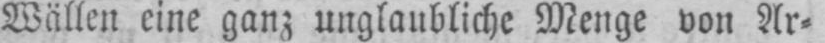
Wällen eine ganz unglaubliche Menge von Ar⸗